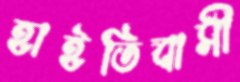
হাইতিবাসী